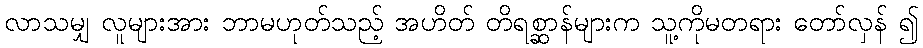
လာသမျှ လူများအား ဘာမဟုတ်သည့် အဟိတ် တိရစ္ဆာန်များက သူ့ကိုမတရား တော်လှန် ၍